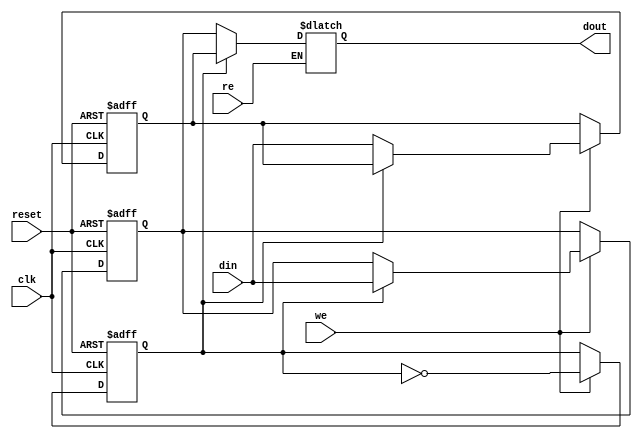
module DoubleBufferRegister (
    input wire clk,           // Clock signal
    input wire reset,         // Reset signal
    input wire we,           // Write Enable
    input wire re,           // Read Enable
    input wire [N-1:0] din,  // Data Input
    output reg [N-1:0] dout   // Data Output
);
    parameter N = 8;          // Width of the data bus (can be modified)
    
    reg [N-1:0] buffer_a;     // Buffer A
    reg [N-1:0] buffer_b;     // Buffer B
    reg active_buffer;         // Active buffer flag (0: A, 1: B)

    // Reset and data storage on clock edge
    always @(posedge clk or posedge reset) begin
        if (reset) begin
            buffer_a <= 0;    // Initialize Buffer A to zero
            buffer_b <= 0;    // Initialize Buffer B to zero
            active_buffer <= 0; // Start with Buffer A active
        end else begin
            if (we) begin
                // Write data to the inactive buffer
                if (active_buffer == 0) begin
                    buffer_a <= din; // Write to Buffer A
                end else begin
                    buffer_b <= din; // Write to Buffer B
                end
                // Toggle the active buffer
                active_buffer <= ~active_buffer; 
            end
        end
    end

    // Output data based on read enable
    always @(*) begin
        if (re) begin
            dout = (active_buffer == 1) ? buffer_a : buffer_b; // Read from the active buffer
        end else begin
            dout = dout; // Hold current output if RE is low
        end
    end

endmodule